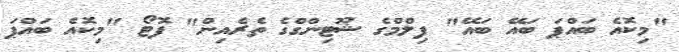
"މިކޮއެ ބައްޕަ ބައޭ ބައޭ" ފިލްމްގެ ޝޫޓިންގްގެ ތެރެެއިން" ފޮޓޯ "މިކޮއެ ބައްޕަ